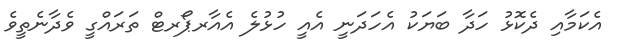
އެކަމާއި ދެކޮޅު ހަދާ ބަޔަކު އެހަދަނީ އެއީ ހުޅުލެ އެއާރޕޯރޓް ތަރައްގީ ވެދާނެތީވެ